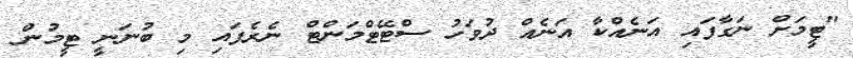
"ޓީމަށް ނަގާފައި އަނެއްކާ އަނެއް ދުވަހު ސްޓޭޓްމަންޓް ނެރެފައި މި ބުނަނީ ޓީމުން